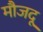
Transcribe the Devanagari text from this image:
मौजदू